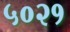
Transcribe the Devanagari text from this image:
५०२१